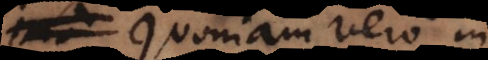
Quoniam vero in